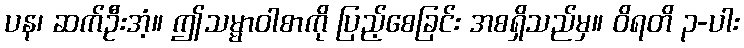
ပန၊ ဆက်ဦးအံ့။ ဤသမ္မာဝါစာကို ပြည့်စေခြင်း အစရှိသည်မှ။ ဝိရတိ ၃-ပါး